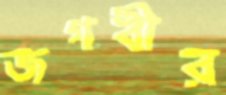
জগবীর